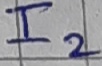
Text: I2